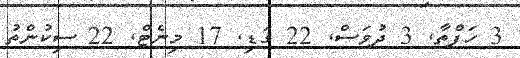
3 ހަފްތާ